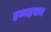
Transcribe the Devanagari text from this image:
इब्नहसन